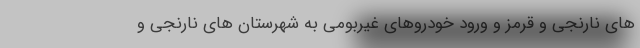
های نارنجی و قرمز و ورود خودروهای غیربومی به شهرستان های نارنجی و